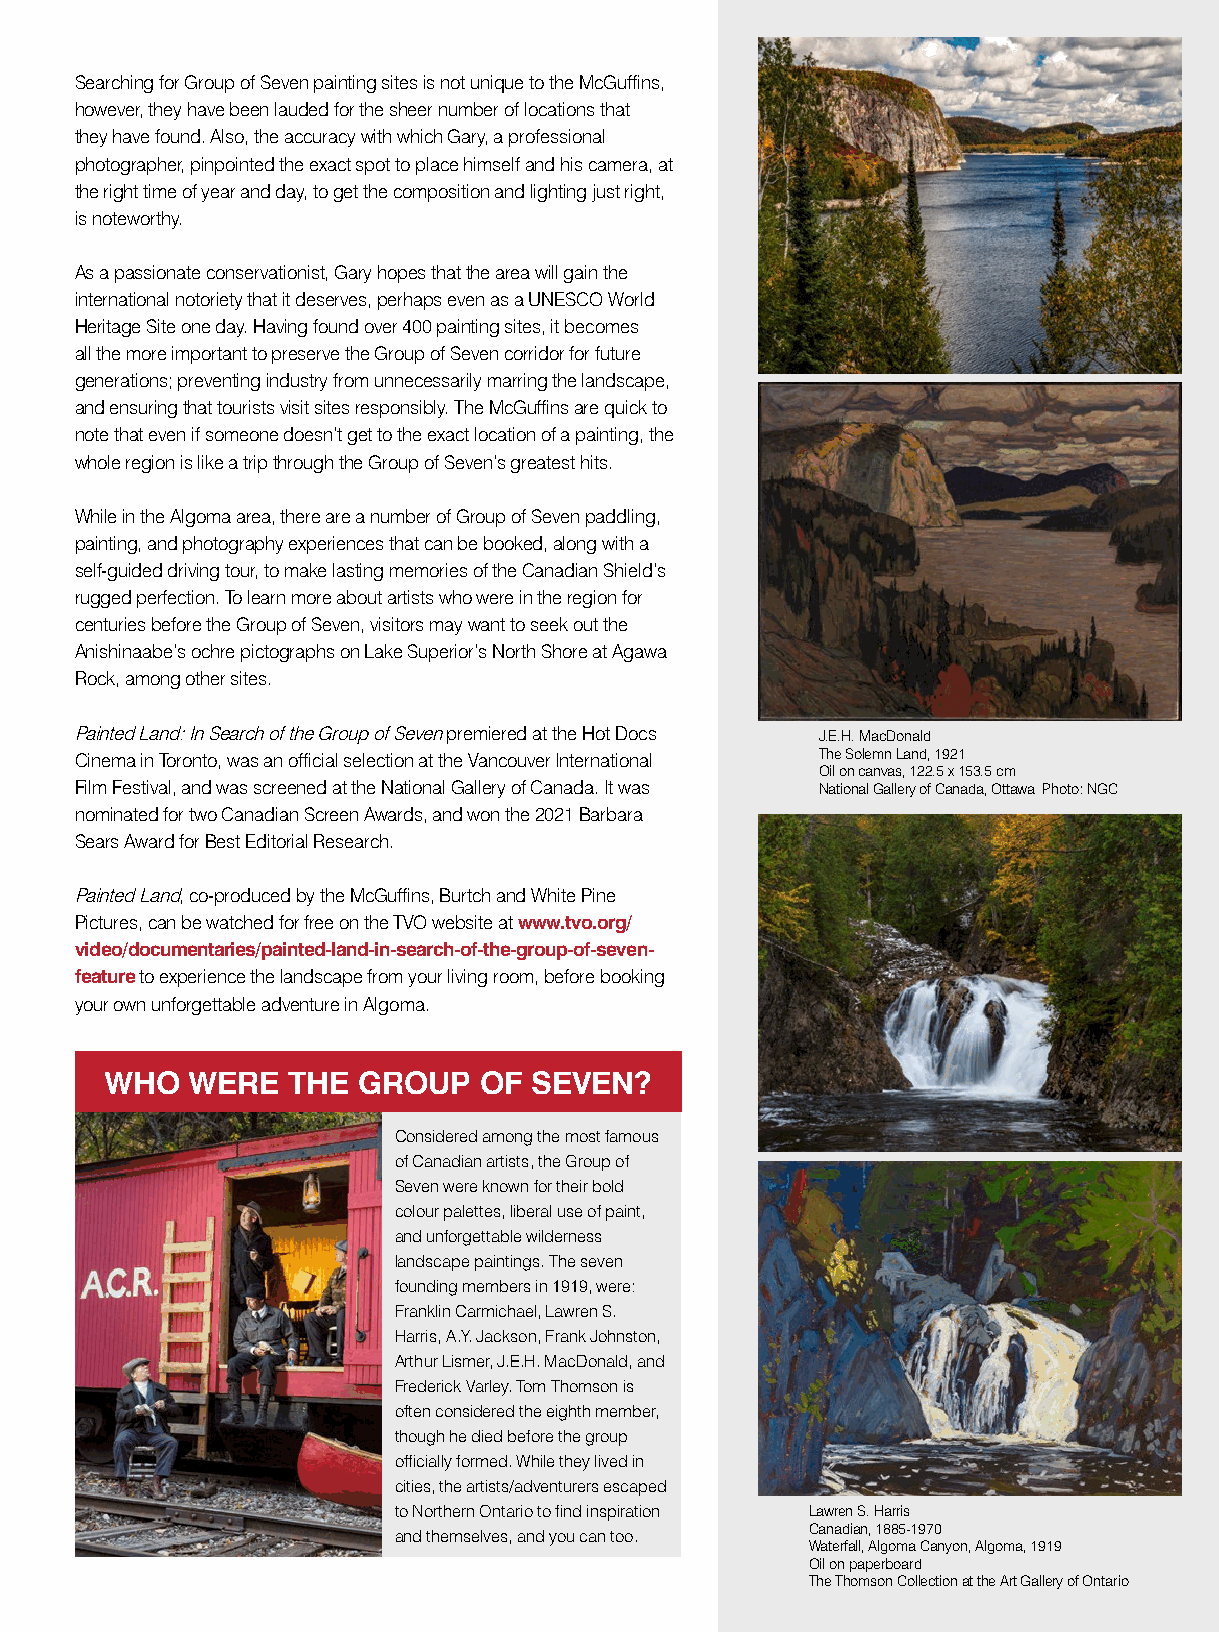
Searching for Group of Seven painting sites is not unique to the McGuffins,
 however, they have been lauded for the sheer number of locations that
 they have found. Also, the accuracy with which Gary, a professional
 photographer, pinpointed the exact spot to place himself and his camera, at
 the right time of year and day, to get the composition and lighting just right,
 is noteworthy.
 As a passionate conservationist, Gary hopes that the area will gain the
 international notoriety that it deserves, perhaps even as a UNESCO World
 Heritage Site one day. Having found over 400 painting sites, it becomes
 all the more important to preserve the Group of Seven corridor for future
 generations; preventing industry from unnecessarily marring the landscape,
 and ensuring that tourists visit sites responsibly. The McGuffins are quick to
 note that even if someone doesn’t get to the exact location of a painting, the
 whole region is like a trip through the Group of Seven’s greatest hits.
 While in the Algoma area, there are a number of Group of Seven paddling,
 painting, and photography experiences that can be booked, along with a
 self-guided driving tour, to make lasting memories of the Canadian Shield’s
 rugged perfection. To learn more about artists who were in the region for
 centuries before the Group of Seven, visitors may want to seek out the
 Anishinaabe’s ochre pictographs on Lake Superior’s North Shore at Agawa
 Rock, among other sites.
 Painted Land: In Search of the Group of Seven premiered at the Hot Docs J.E.H. MacDonald
 Cinema in Toronto, was an official selection at the Vancouver International The Solemn Land, 1921
 Oil on canvas, 122.5 x 153.5 cm
 Film Festival, and was screened at the National Gallery of Canada. It was National Gallery of Canada, Ottawa Photo: NGC
 nominated for two Canadian Screen Awards, and won the 2021 Barbara
 Sears Award for Best Editorial Research.
 Painted Land, co-produced by the McGuffins, Burtch and White Pine
 Pictures, can be watched for free on the TVO website at www.tvo.org/
 video/documentaries/painted-land-in-search-of-the-group-of-seven-
 feature to experience the landscape from your living room, before booking
 your own unforgettable adventure in Algoma.
 WHO   WERE  THE  GROUP   OF SEVEN?
 Considered among the most famous
 of Canadian artists, the Group of
 Seven were known for their bold
 colour palettes, liberal use of paint,
 and unforgettable wilderness
 landscape paintings. The seven
 founding members in 1919, were:
 Franklin Carmichael, Lawren S.
 Harris, A.Y. Jackson, Frank Johnston,
 Arthur Lismer, J.E.H. MacDonald, and
 Frederick Varley. Tom Thomson is
 often considered the eighth member,
 though he died before the group
 officially formed. While they lived in
 cities, the artists/adventurers escaped
 to Northern Ontario to find inspiration Lawren S. Harris
 and themselves, and you can too. Canadian, 1885-1970
 Waterfall, Algoma Canyon, Algoma, 1919
 Oil on paperboard
 The Thomson Collection at the Art Gallery of Ontario